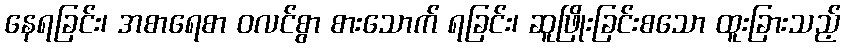
နေရခြင်း၊ အစာရေစာ ဝလင်စွာ စားသောက် ရခြင်း၊ ဆူဖြိုးခြင်းစသော ထူးခြားသည့်